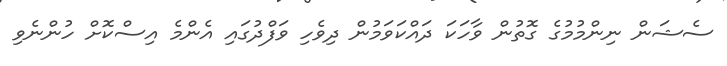
ސެޝަން ނިންމުމުގެ ގޮތުން ވާހަކަ ދައްކަވަމުން ދިވެހި ވަފްދުގައި އެންމެ އިސްކޮށް ހުންނެވި